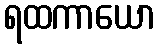
ရထကာယော